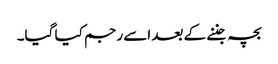
بچہ جننے کے بعد اسے رجم کیا گیا۔